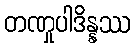
တဏှုပါဒိန္နဿ